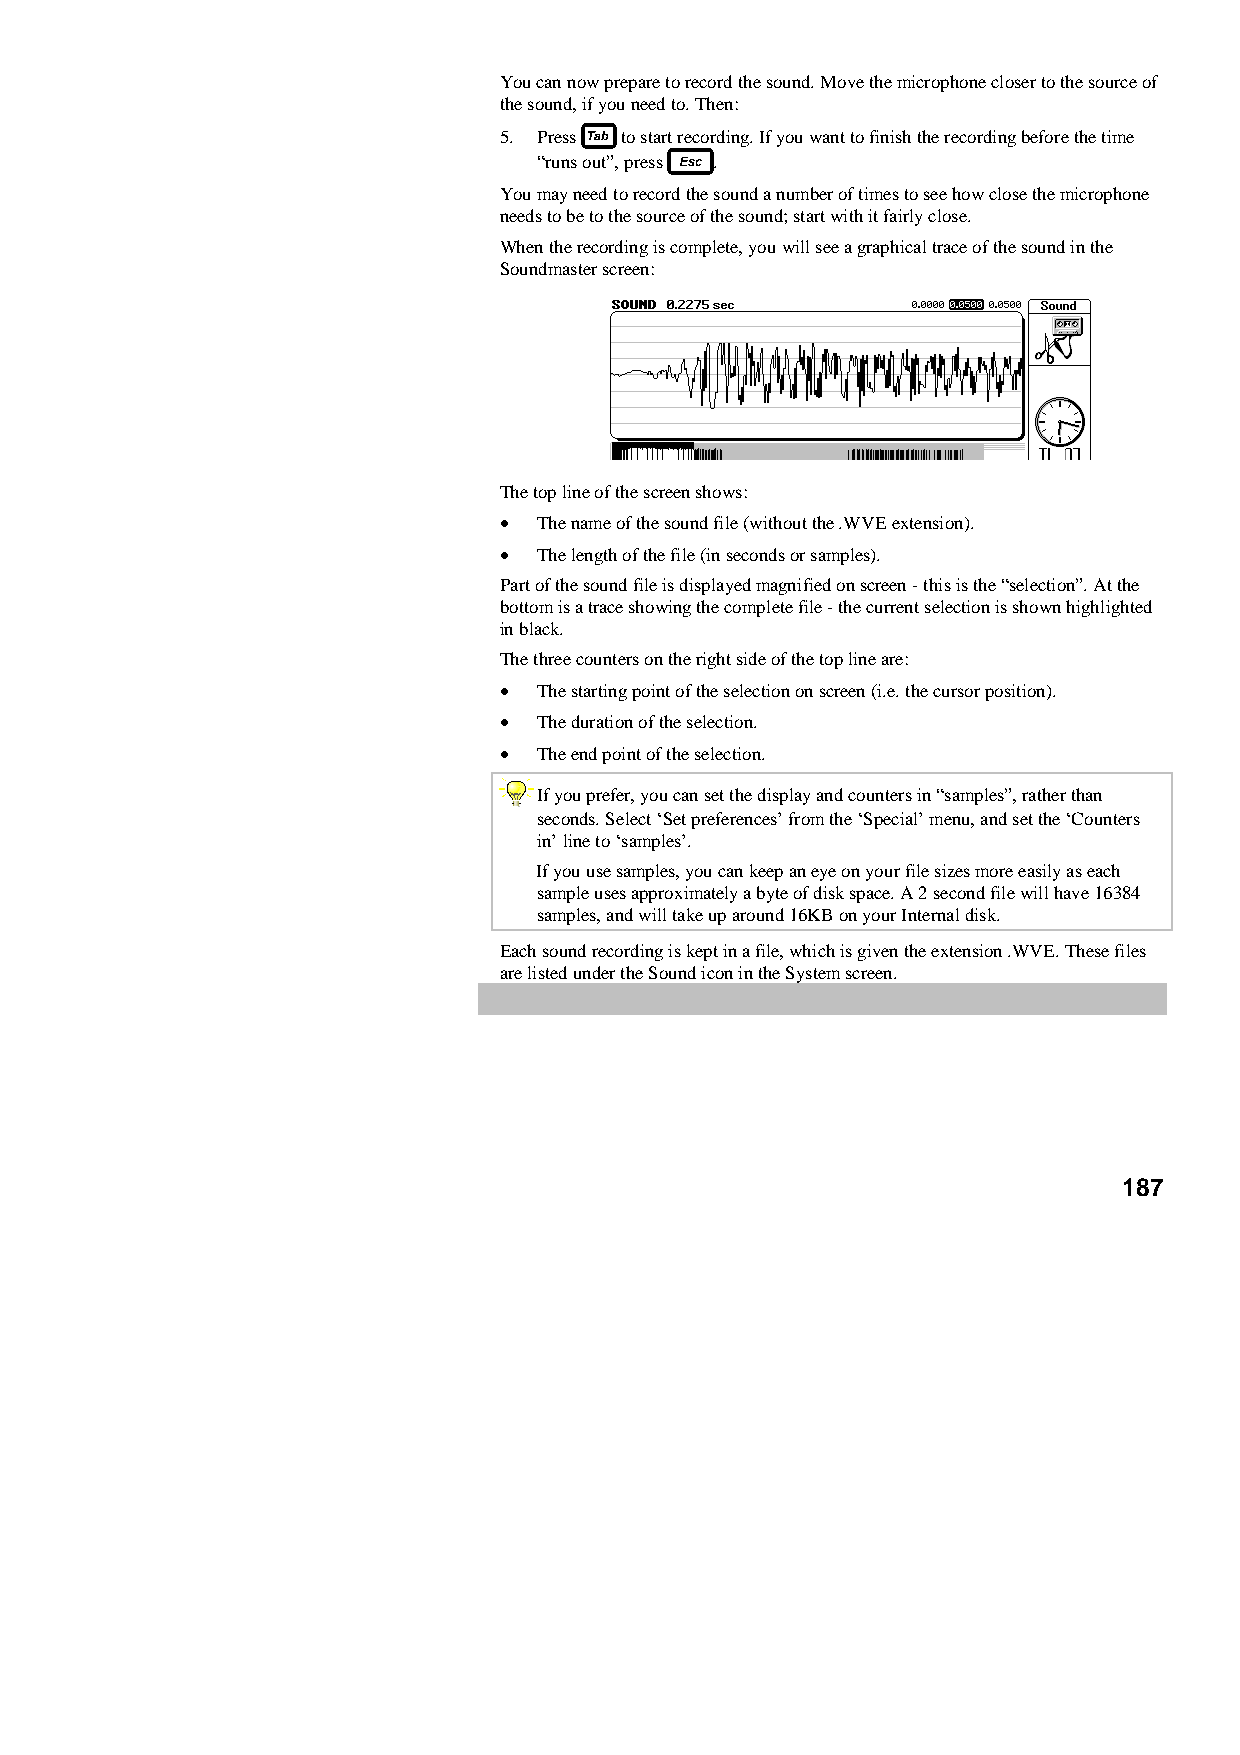
You can now prepare to record the sound. Move the microphone closer to the source of
 the sound, if you need to. Then:
 5. Press to start recording. If you want to finish the recording before the time
 “runs out”, press .
 You may need to record the sound a number of times to see how close the microphone
 needs to be to the source of the sound; start with it fairly close.
 When the recording is complete, you will see a graphical trace of the sound in the
 Soundmaster screen:
 The top line of the screen shows:
 •  The name of the sound file (without the .WVE extension).
 •  The length of the file (in seconds or samples).
 Part of the sound file is displayed magnified on screen - this is the “selection”. At the
 bottom is a trace showing the complete file - the current selection is shown highlighted
 in black.
 The three counters on the right side of the top line are:
 •  The starting point of the selection on screen (i.e. the cursor position).
 •  The duration of the selection.
 •  The end point of the selection.
 If you prefer, you can set the display and counters in “samples”, rather than
 seconds. Select ‘Set preferences’ from the ‘Special’ menu, and set the ‘Counters
 in’ line to ‘samples’.
 If you use samples, you can keep an eye on your file sizes more easily as each
 sample uses approximately a byte of disk space. A 2 second file will have 16384
 samples, and will take up around 16KB on your Internal disk.
 Each sound recording is kept in a file, which is given the extension .WVE. These files
 are listed under the Sound icon in the System screen.
 187